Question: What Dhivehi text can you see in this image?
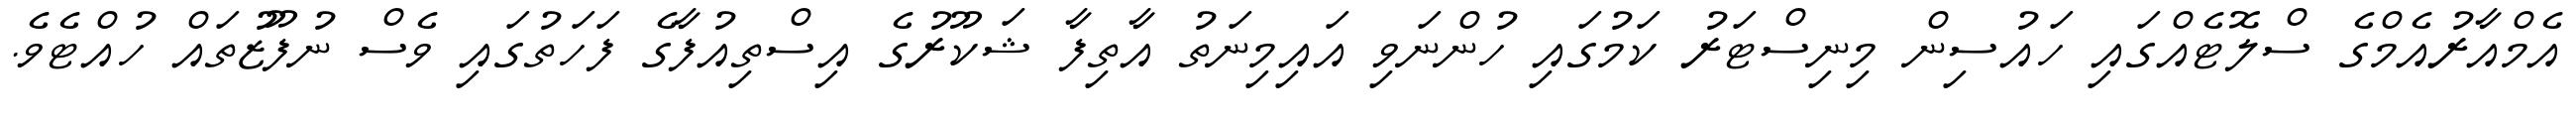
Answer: އެމްއާރުއެމްގެ ސްލޮޓެއްގައި ހައުސިން މިނިސްޓަރު ކަމުގައި ހުންނަވި އައިމިނަތު އާތިފާ ޝަކޫރުގެ އިސްތިއުފާގެ ފަހަތުގައި ވެސް ނުފޫޒުތައް ހުއްޓެވެ.